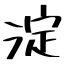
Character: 淀